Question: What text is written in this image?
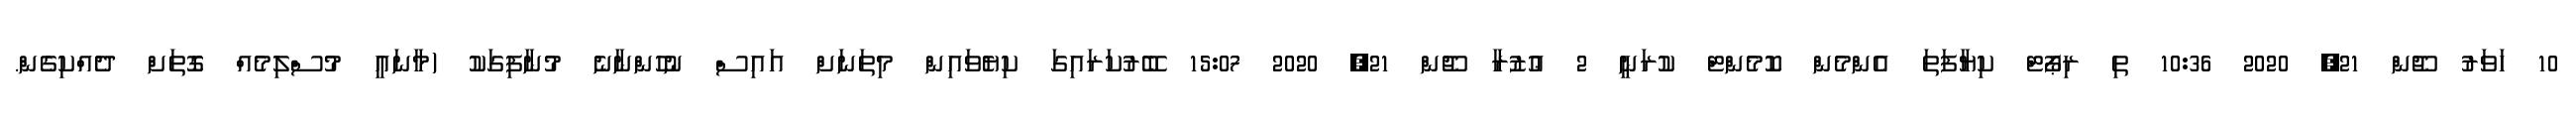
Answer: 10 ހަވަރު ޖޫން 21, 2020 10:36 ތި ރިޕޯޓް ކިޔާފަތަ އެންމެން ކޮމެންޓް ކުރަނީ 2 ޢުޒުރާ ޖޫން 21, 2020 15:07 ބޭރުކަރައިގަ ކިޔެވައިން މިތަނަށް އައިސް ނުހުންނާނެ މުނާފިގަކު (މާނައީ މުސްލިމެއް ގޮތަށް ދެއްކިގެން.